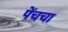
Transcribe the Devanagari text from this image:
पेंचचा